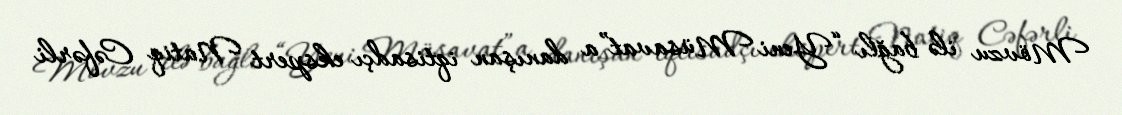
Mövzu ilə bağlı “Yeni Müsavat”a danışan iqtisadçı ekspert Natiq Cəfərli